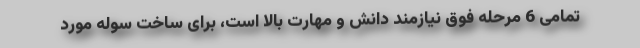
تمامی 6 مرحله فوق نیازمند دانش و مهارت بالا است، برای ساخت سوله مورد